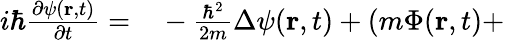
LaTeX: \begin{array}{rl}{i\hbar\frac{\partial\psi(\mathbf{r},t)}{\partial t}=}&{{}-\frac{\hbar^{2}}{2m}\Delta\psi(\mathbf{r},t)+\left(m\Phi(\mathbf{r},t\right)+}\end{array}